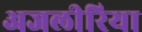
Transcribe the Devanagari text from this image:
अजलीरिया